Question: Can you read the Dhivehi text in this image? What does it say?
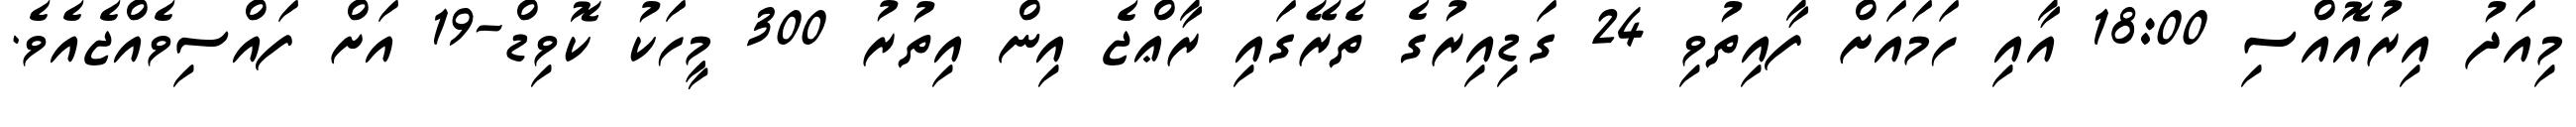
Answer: މިއަދު އިރުއޮއްސި 18:00 އާއި ހަމައަށް ފާއިތުވި 24 ގަޑިއިރުގެ ތެރޭގައި ރާޢްޖެ އިން އިތުރު 300 މީހަކު ކޮވިޑް-19 އަށް ފައްސިވެއްޖެއެވެ.